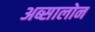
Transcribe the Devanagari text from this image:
अब्सालोन